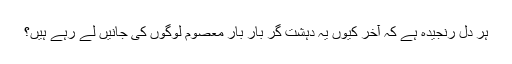
ہر دل رنجیدہ ہے کہ آخر کیوں یہ دہشت گر بار بار معصوم لوگوں کی جانیں لے رہے ہیں؟